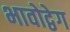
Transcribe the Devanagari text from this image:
भावोद्वेग